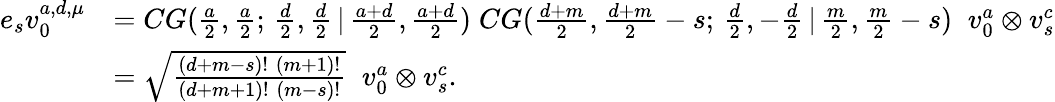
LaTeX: \begin{array}{rl}{e_{s}v_{0}^{a,d,\mu}}&{=CG(\frac{a}{2},\frac{a}{2};\, \frac{d}{2},\frac{d}{2}\, |\, \frac{a+d}{2},\frac{a+d}{2})\; CG(\frac{d+m}{2},\frac{d+m}{2}-s;\, \frac{d}{2},-\frac{d}{2}\, |\, \frac{m}{2},\frac{m}{2}-s)\; \; v_{0}^{a}\otimes v_{s}^{c}}\\ &{=\sqrt{\frac{(d+m-s)!\; (m+1)!}{(d+m+1)!\; (m-s)!}}\; \; v_{0}^{a}\otimes v_{s}^{c}.}\end{array}